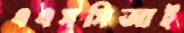
এএসসিআই